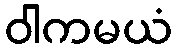
ဝါကမယံ